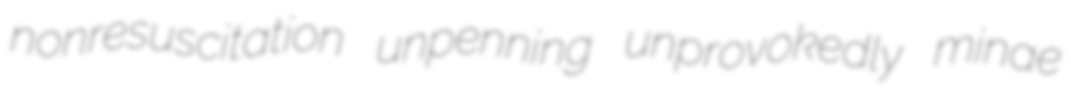
nonresuscitation unpenning unprovokedly minae